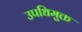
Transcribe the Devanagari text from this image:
उपधिमुक्त